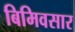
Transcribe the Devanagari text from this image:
बिमिवसार